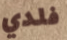
فلدي